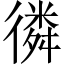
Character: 𢕸